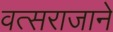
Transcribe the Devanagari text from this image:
वत्सराजाने